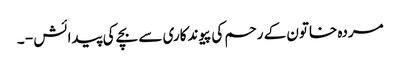
مردہ خاتون کے رحم کی پیوندکاری سے بچے کی پیدائش - ۔